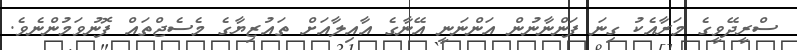
ސްރީދޭވީގެ މަރާއެކު ގިނަ ފަންނާނުން އަންނަނީ އޭނާގެ އާއިލާއަށް ތައުޒިޔާގެ މެސެޖްތައް ފޮނުވަމުންނެވެ.